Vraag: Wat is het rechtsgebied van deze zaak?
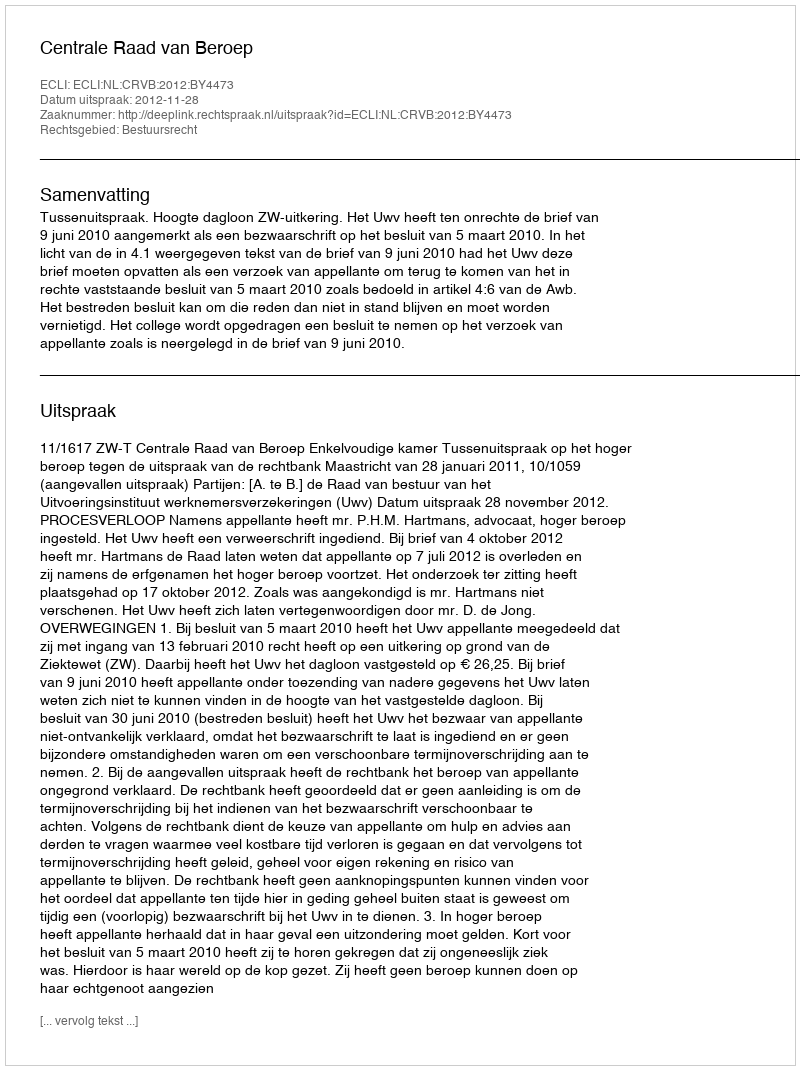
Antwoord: Bestuursrecht